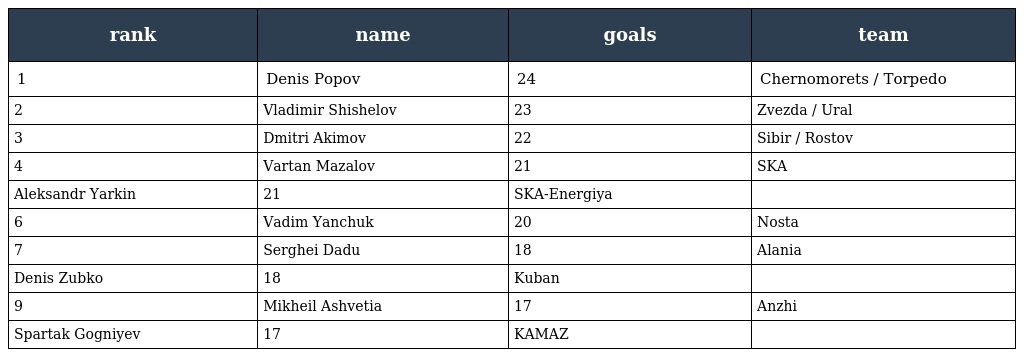
| rank | name | goals | team |
 | --- | --- | --- | --- |
 | 1 | Denis Popov | 24 | Chernomorets / Torpedo |
 | 2 | Vladimir Shishelov | 23 | Zvezda / Ural |
 | 3 | Dmitri Akimov | 22 | Sibir / Rostov |
 | 4 | Vartan Mazalov | 21 | SKA |
 | Aleksandr Yarkin | 21 | SKA-Energiya |  |
 | 6 | Vadim Yanchuk | 20 | Nosta |
 | 7 | Serghei Dadu | 18 | Alania |
 | Denis Zubko | 18 | Kuban |  |
 | 9 | Mikheil Ashvetia | 17 | Anzhi |
 | Spartak Gogniyev | 17 | KAMAZ |  |